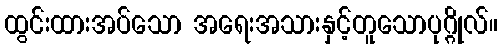
ထွင်းထားအပ်သော အရေးအသားနှင့်တူသောပုဂ္ဂိုလ်။